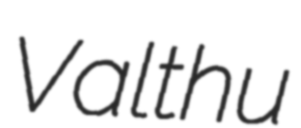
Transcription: Valthu